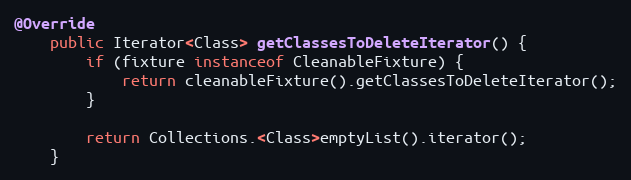
Language: Java
@Override
	public Iterator<Class> getClassesToDeleteIterator() {
		if (fixture instanceof CleanableFixture) {
			return cleanableFixture().getClassesToDeleteIterator();
		}

		return Collections.<Class>emptyList().iterator();
	}